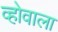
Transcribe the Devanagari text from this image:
व्होवाला